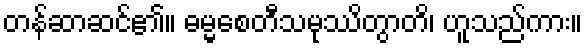
တန်ဆာဆင်၏။ ဓမ္မစေတီသမုဿိတွာတိ၊ ဟူသည်ကား။